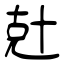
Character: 兙